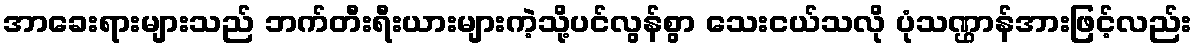
အာခေးရားများသည် ဘက်တီးရီးယားများကဲ့သို့ပင်လွန်စွာ သေးငယ်သလို ပုံသဏ္ဌာန်အားဖြင့်လည်း